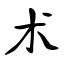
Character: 术